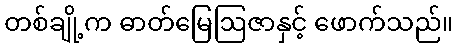
တစ်ချို့က ဓာတ်မြေဩဇာနှင့် ဖောက်သည်။